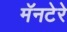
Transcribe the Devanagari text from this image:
मॅनटेरे